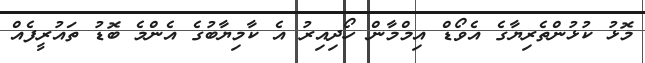
މޮޅު ކުޅުންތެރިޔާގެ އެވޯޑް އިމްމާން ހޯދިއިރު އެ ކާމިޔާބުގެ އެންމެ ބޮޑު ތައުރީފެއް